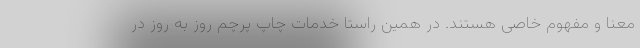
معنا و مفهوم خاصی هستند. در همین راستا خدمات چاپ پرچم روز به روز در